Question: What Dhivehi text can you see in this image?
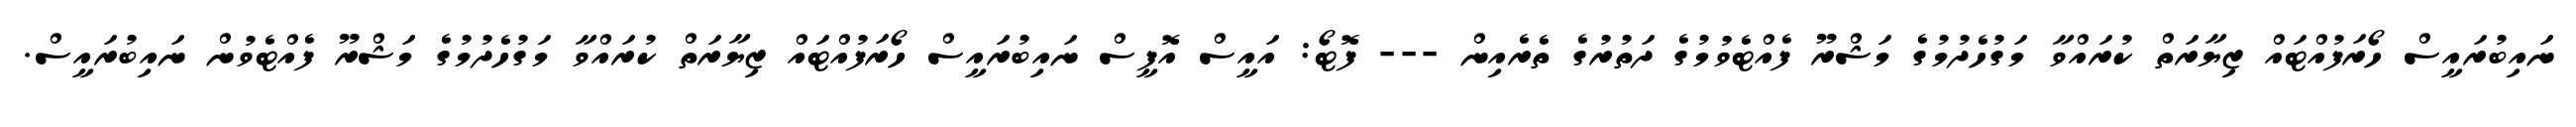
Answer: ނައިބުރައީސް ހޯރަފުއްޓައް ޒިޔާރަތް ކުރައްވާ މަގުހެދުމުގެ މަޝްރޫ ފެއްޓެވުމުގެ ދަތުރުގެ ތެރެއިން --- ފޮޓޯ: އައީސް އޮފީސް ނައިބުރައީސް ހޯރަފުއްޓައް ޒިޔާރަތް ކުރައްވާ މަގުހެދުމުގެ މަޝްރޫ ފެއްޓެވުން ނައިބުރައީސް.